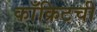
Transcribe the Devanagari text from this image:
काँक्रिटची